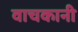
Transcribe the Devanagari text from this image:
वाचकानी